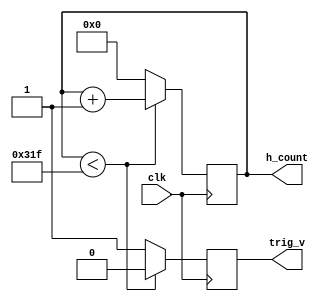
`timescale 1ns / 1ps
//////////////////////////////////////////////////////////////////////////////////
// Company: 
// Engineer: 
// 
// Design Name: 
// Module Name: h_counter
// Project Name: 
// Target Devices: 
// Tool Versions: 
// Description: 
// 
// Dependencies: 
// 
// Revision:
// Revision 0.01 - File Created
// Additional Comments:
// 
//////////////////////////////////////////////////////////////////////////////////


module h_counter(
clk,h_count,trig_v
    );
    input clk;
    output[9:0] h_count;
    output trig_v;
    reg[9:0] h_count;
    reg trig_v;
    initial begin
        h_count <= 0;
        trig_v <= 0;
    end
    always @ (posedge clk)
    begin
        if (h_count < 799)
        begin
            h_count <= h_count + 1;
            trig_v <= 1'b0;       
        end
        else 
        begin
            trig_v <= 1'b1;
            h_count <= 0;        
        end
    end
endmodule